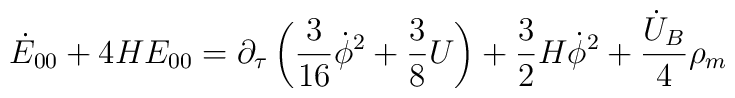
\dot E_{00}+4HE_{00}= \partial_{\tau}\left(\frac{3}{16}\dot \phi^2+\frac{3}{8}U\right)+\frac{3}{2}H\dot\phi^2 +\frac{\dot U_B}{4}\rho_m